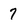
Character: 7